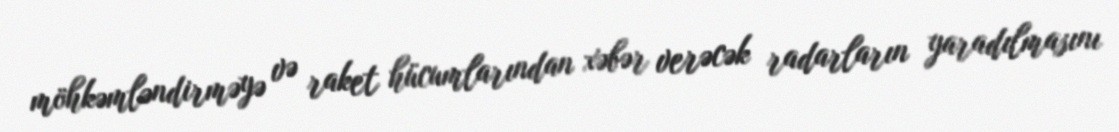
möhkəmləndirməyə və raket hücumlarından xəbər verəcək radarların yaradılmasını